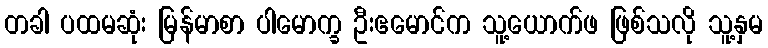
တခါ ပထမဆုံး မြန်မာစာ ပါမောက္ခ ဦးဧမောင်က သူ့ယောက်ဖ ဖြစ်သလို သူ့နှမ